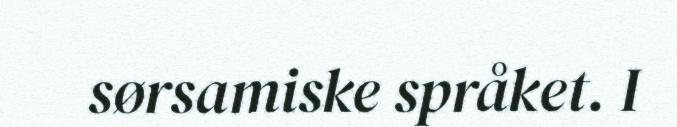
sørsamiske språket. I